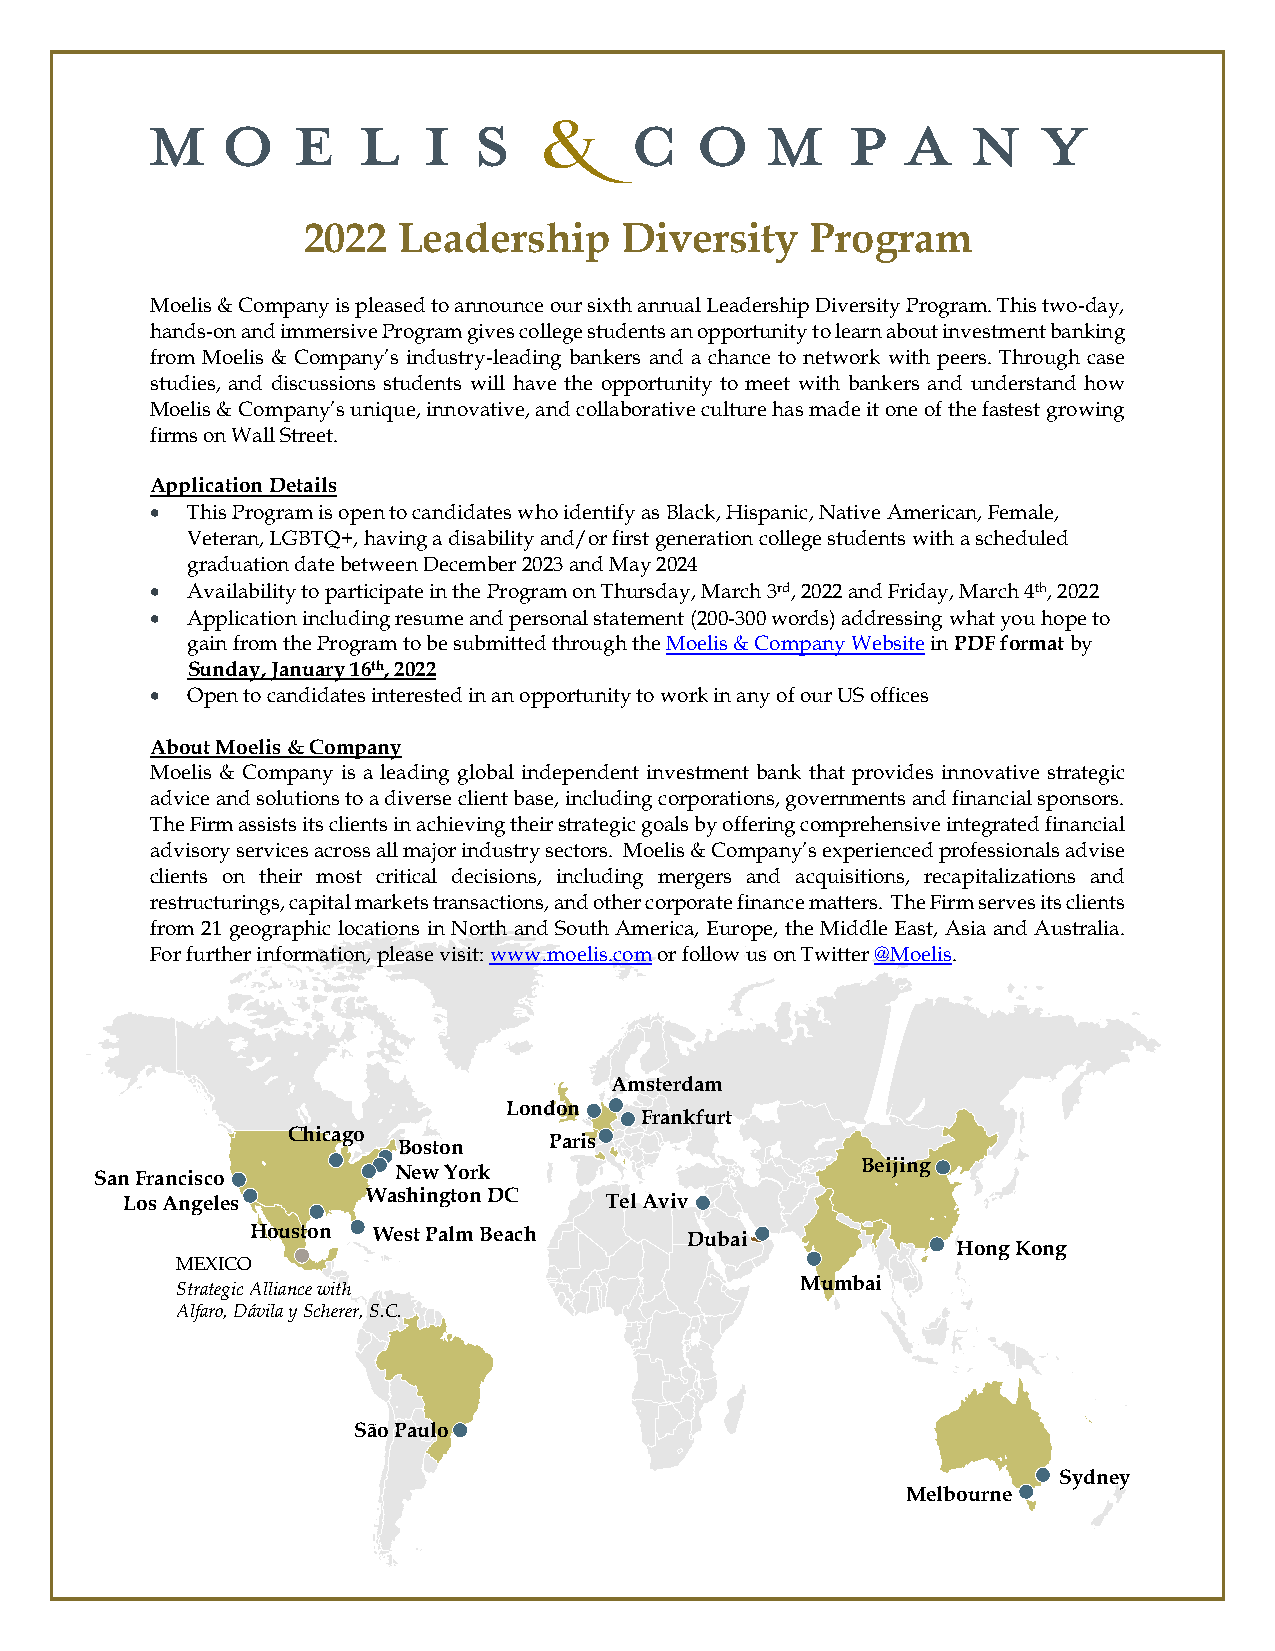
2022  Leadership     Diversity    Program
 Moelis & Company is pleased to announce our sixth annual Leadership Diversity Program. This two-day,
 hands-on and immersive Program gives college students an opportunity to learn about investment banking
 from Moelis & Company’s industry-leading bankers and a chance to network with peers. Through case
 studies, and discussions students will have the opportunity to meet with bankers and understand how
 Moelis & Company’s unique, innovative, and collaborative culture has made it one of the fastest growing
 firms on Wall Street.
 Application Details
 • This Program is open to candidates who identify as Black, Hispanic, Native American, Female,
 Veteran, LGBTQ+, having a disability and/or first generation college students with a scheduled
 graduation date between December 2023 and May 2024
 • Availability to participate in the Program on Thursday, March 3rd, 2022 and Friday, March 4th, 2022
 • Application including resume and personal statement (200-300 words) addressing what you hope to
 gain from the Program to be submitted through the Moelis & Company Website in PDF format by
 Sunday, January 16th, 2022
 • Open to candidates interested in an opportunity to work in any of our US offices
 About Moelis & Company
 Moelis & Company is a leading global independent investment bank that provides innovative strategic
 advice and solutions to a diverse client base, including corporations, governments and financial sponsors.
 The Firm assists its clients in achieving their strategic goals by offering comprehensive integrated financial
 advisory services across all major industry sectors. Moelis & Company’s experienced professionals advise
 clients on their most critical decisions, including mergers and acquisitions, recapitalizations and
 restructurings, capital markets transactions, and other corporate finance matters. The Firm serves its clients
 from 21 geographic locations in North and South America, Europe, the Middle East, Asia and Australia.
 For further information, please visit: www.moelis.com or follow us on Twitter @Moelis.
 Amsterdam
 London
 Frankfurt
 Chicago
 Boston    Paris
 San Francisco
 New York
 Beijing
 Los Angeles     Washington DC   Tel Aviv
 Houston West Palm Beach      Dubai
 Hong Kong
 MEXICO
 Strategic Alliance with                  Mumbai
 Alfaro, Dávila y Scherer, S.C.
 São Paulo
 Sydney
 Melbourne